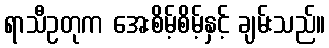
ရာသီဥတုက အေးစိမ့်စိမ့်နှင့် ချမ်းသည်။